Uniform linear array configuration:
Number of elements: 48
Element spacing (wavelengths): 0.75
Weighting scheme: exponential
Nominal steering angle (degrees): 15
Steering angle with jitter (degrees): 14.217
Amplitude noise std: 0.05
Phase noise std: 0.05

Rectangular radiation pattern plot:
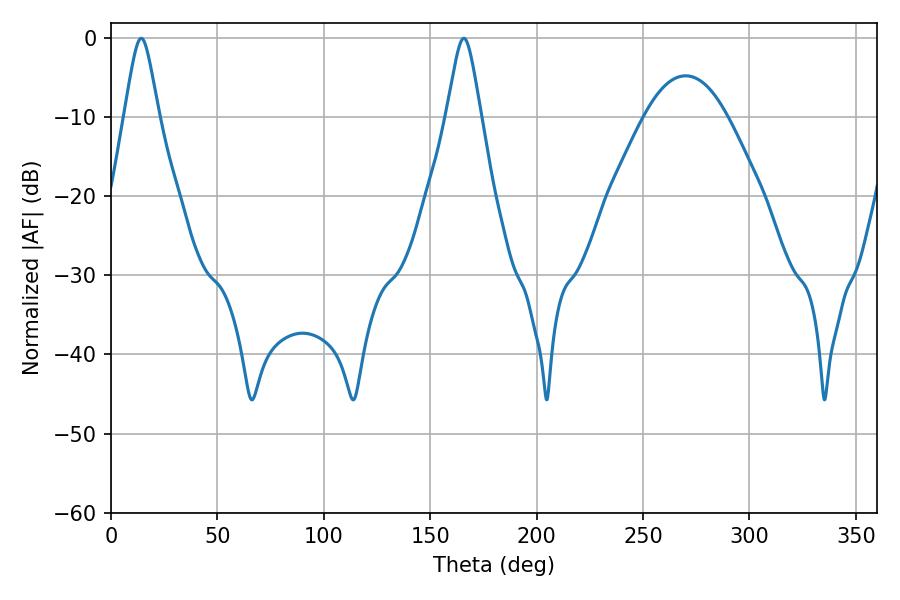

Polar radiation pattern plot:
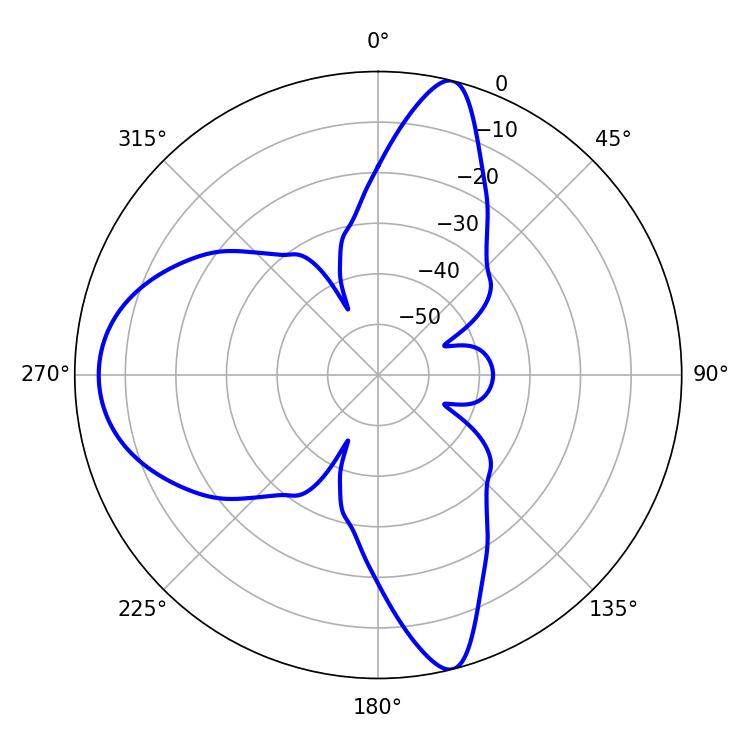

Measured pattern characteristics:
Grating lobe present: TRUE
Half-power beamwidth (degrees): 7.74
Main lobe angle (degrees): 14.22